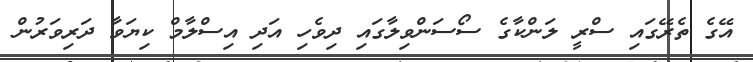
އޭގެ ތެރޭގައި ސްރީ ލަންކާގެ ސޯސަންވިލާގައި ދިވެހި އަދި އިސްލާމް ކިޔަވާ ދަރިވަރުން